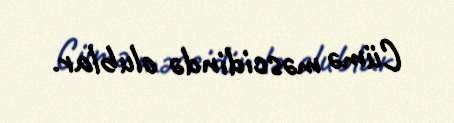
Cümə məscidində olublar.